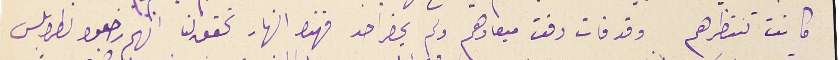
كانت تنتظرهم وقد فات وقت ميعادهم ولم يحضر احد فهذا النهار تحقق لنا انهم رجعوا لطرابلس